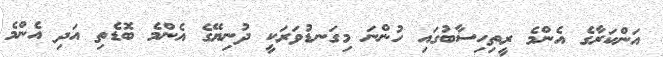
އަންކަރާގެ އެންމެ ރީތިހިސާބުގައި ހުންނަ މިގަނޑުވަރަކީ ދުނިޔޭގެ އެންމެ ބޮޑެތި އަދި އެންމެ